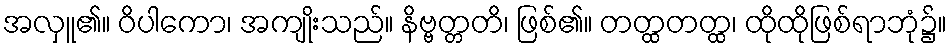
အလှူ၏။ ဝိပါကော၊ အကျိုးသည်။ နိဗ္ဗတ္တတိ၊ ဖြစ်၏။ တတ္ထတတ္ထ၊ ထိုထိုဖြစ်ရာဘုံ၌။